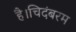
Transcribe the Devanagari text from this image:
है।चिदंबरम